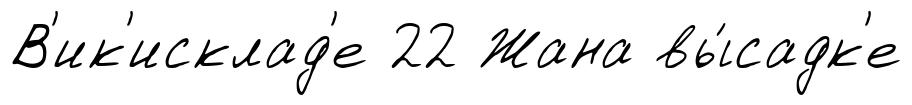
В'ик'исклад'е 22 Жана вы́садк'е